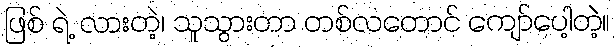
ဖြစ် ရဲ့ လားတဲ့၊ သူသွားတာ တစ်လတောင် ကျော်ပေါ့တဲ့။